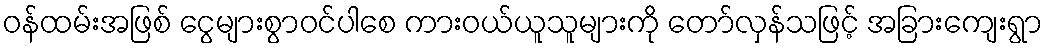
ဝန်ထမ်းအဖြစ် ငွေများစွာဝင်ပါစေ ကားဝယ်ယူသူများကို တော်လှန်သဖြင့် အခြားကျေးရွာ